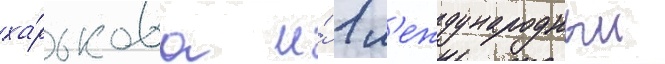
ха́рькова и́ 1 м'еждународныи